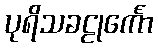
ပုရိသခဠုင်္ကော